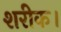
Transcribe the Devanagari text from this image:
शरीक।